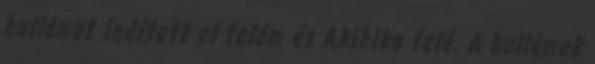
hullámot indított el felém és Akihiko felé. A hullámok